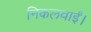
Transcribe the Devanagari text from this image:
निकलवाईं।